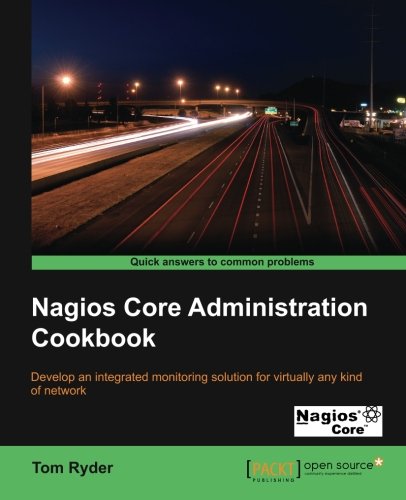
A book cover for Nagios Core Administration Cookbook; Tom Ryder; Computers & Technology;